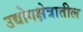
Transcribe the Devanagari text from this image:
उद्योगक्षेत्रातील